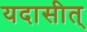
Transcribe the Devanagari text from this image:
यदासीत्